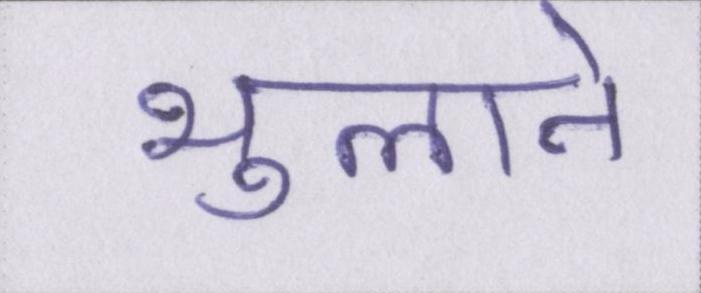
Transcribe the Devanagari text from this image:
भुलाने